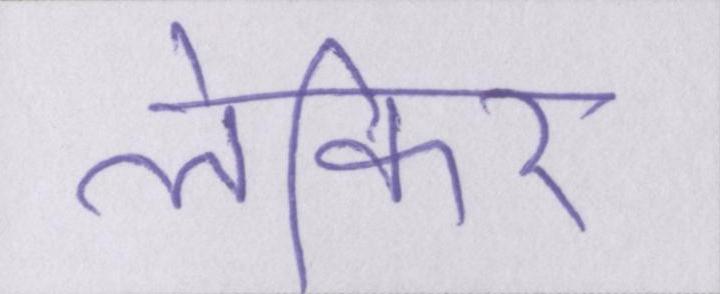
लेकिर